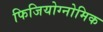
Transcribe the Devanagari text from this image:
फिजियोग्नोमिक